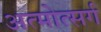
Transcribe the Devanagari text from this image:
अत्मोत्सर्ग